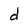
Character: d